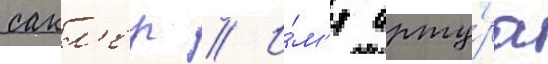
сакл'ер // И́м'я арту́ра